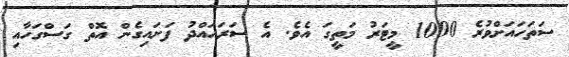
ސަތަހައަށްވުރެ 1000 މީޓަރު މަތީގަ އެވެ. އެ ސަރަހައްދު ފަށައިގެން އޮތް ގަސްގަހާއި